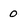
Character: 0